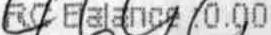
RC BALANCE :0.00